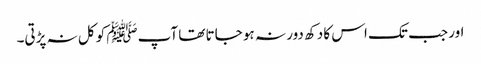
اور جب تک اس کا دکھ دور نہ ہو جاتا تھا آپﷺ کو کل نہ پڑتی۔